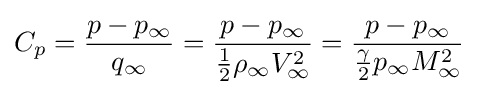
C_{p}={\frac {p-p_{\infty }}{q_{\infty }}}={\frac {p-p_{\infty }}{{\frac {1}{2}}\rho _{\infty }V_{\infty }^{2}}}={\frac {p-p_{\infty }}{{\frac {\gamma }{2}}p_{\infty }M_{\infty }^{2}}}